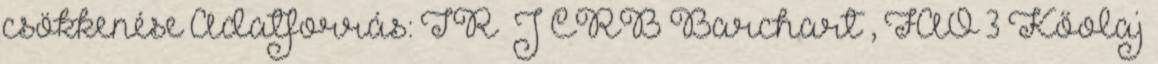
csökkenése Adatforrás: TR J CRB Barchart , FAO 3 Kőolaj